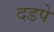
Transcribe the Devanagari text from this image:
दडपे